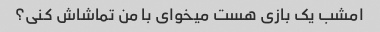
امشب یک بازی هست میخوای با من تماشاش کنی؟